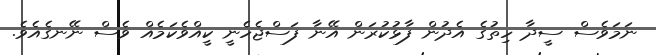
ނަމަވެސް ސީދާ ހިތުގެ އެދުން ފާޅުކުރަން އޭނާ ފަސްޖެހެނީ ކީއްވެކަމެއް ވެސް ނޭނގެއެވެ.